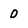
Character: 0